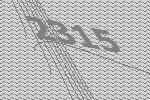
2315